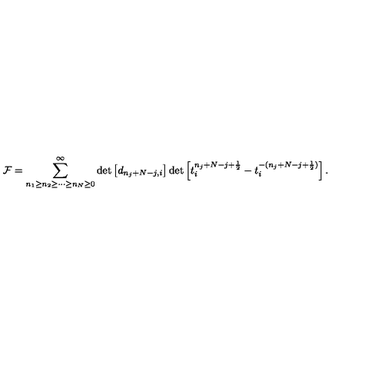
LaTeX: { \cal F } = \sum _ { n _ { 1 } \geq n _ { 2 } \geq \cdots \geq n _ { N } \geq 0 } ^ { \infty } \det \left[ d _ { n _ { j } + N - j , i } \right] \det \left[ t _ { i } ^ { n _ { j } + N - j + \frac { 1 } { 2 } } - t _ { i } ^ { - ( n _ { j } + N - j + \frac { 1 } { 2 } ) } \right] .